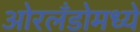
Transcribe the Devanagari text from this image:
ओरलँडोमध्ये